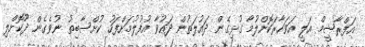
އަފްރާޝީމް އަލީ އަވަހާރަކޮށްލުމާ ގުޅިގެން ދައުލަތުން ދައުވާ އުފުލުމަށްފަހު ކުށްސާބިތު ނުވެގެން ދޫކޮށްލި